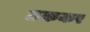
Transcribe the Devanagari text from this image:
छककर